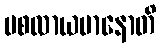
ပစလာယမာနောတိ